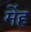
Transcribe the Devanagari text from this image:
मेंह